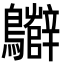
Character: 𪇷